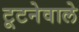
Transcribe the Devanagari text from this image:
टूटनेवाले